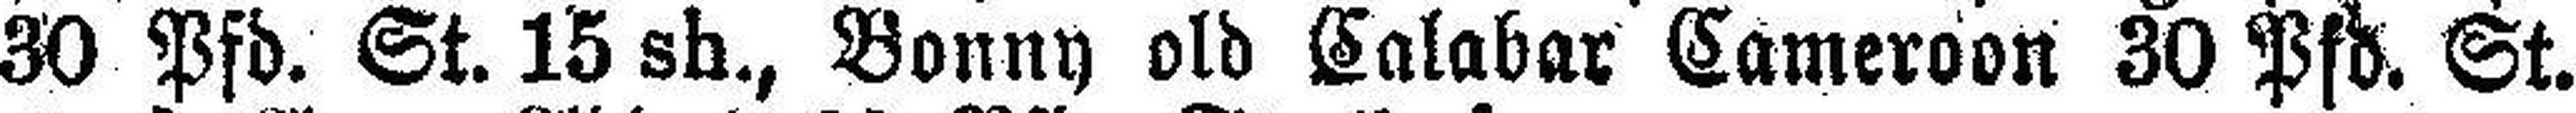
30 Pfd. St. 15 sh., Bonny old Calabar Cameroon 30 Pfd. St.